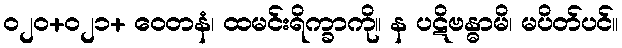
၀၂၀+၀၂၁+ ဝေတနံ၊ ထမင်းရိက္ခာကို။ န ပဋိဗန္ဓာမိ၊ မပိတ်ပင်။